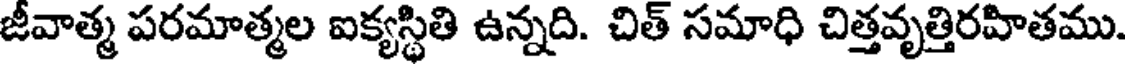
జీవాత్మ పరమాత్మల ఐక్యస్థితి ఉన్నది. చిత్ సమాధి చిత్తవృత్తిరహితము.